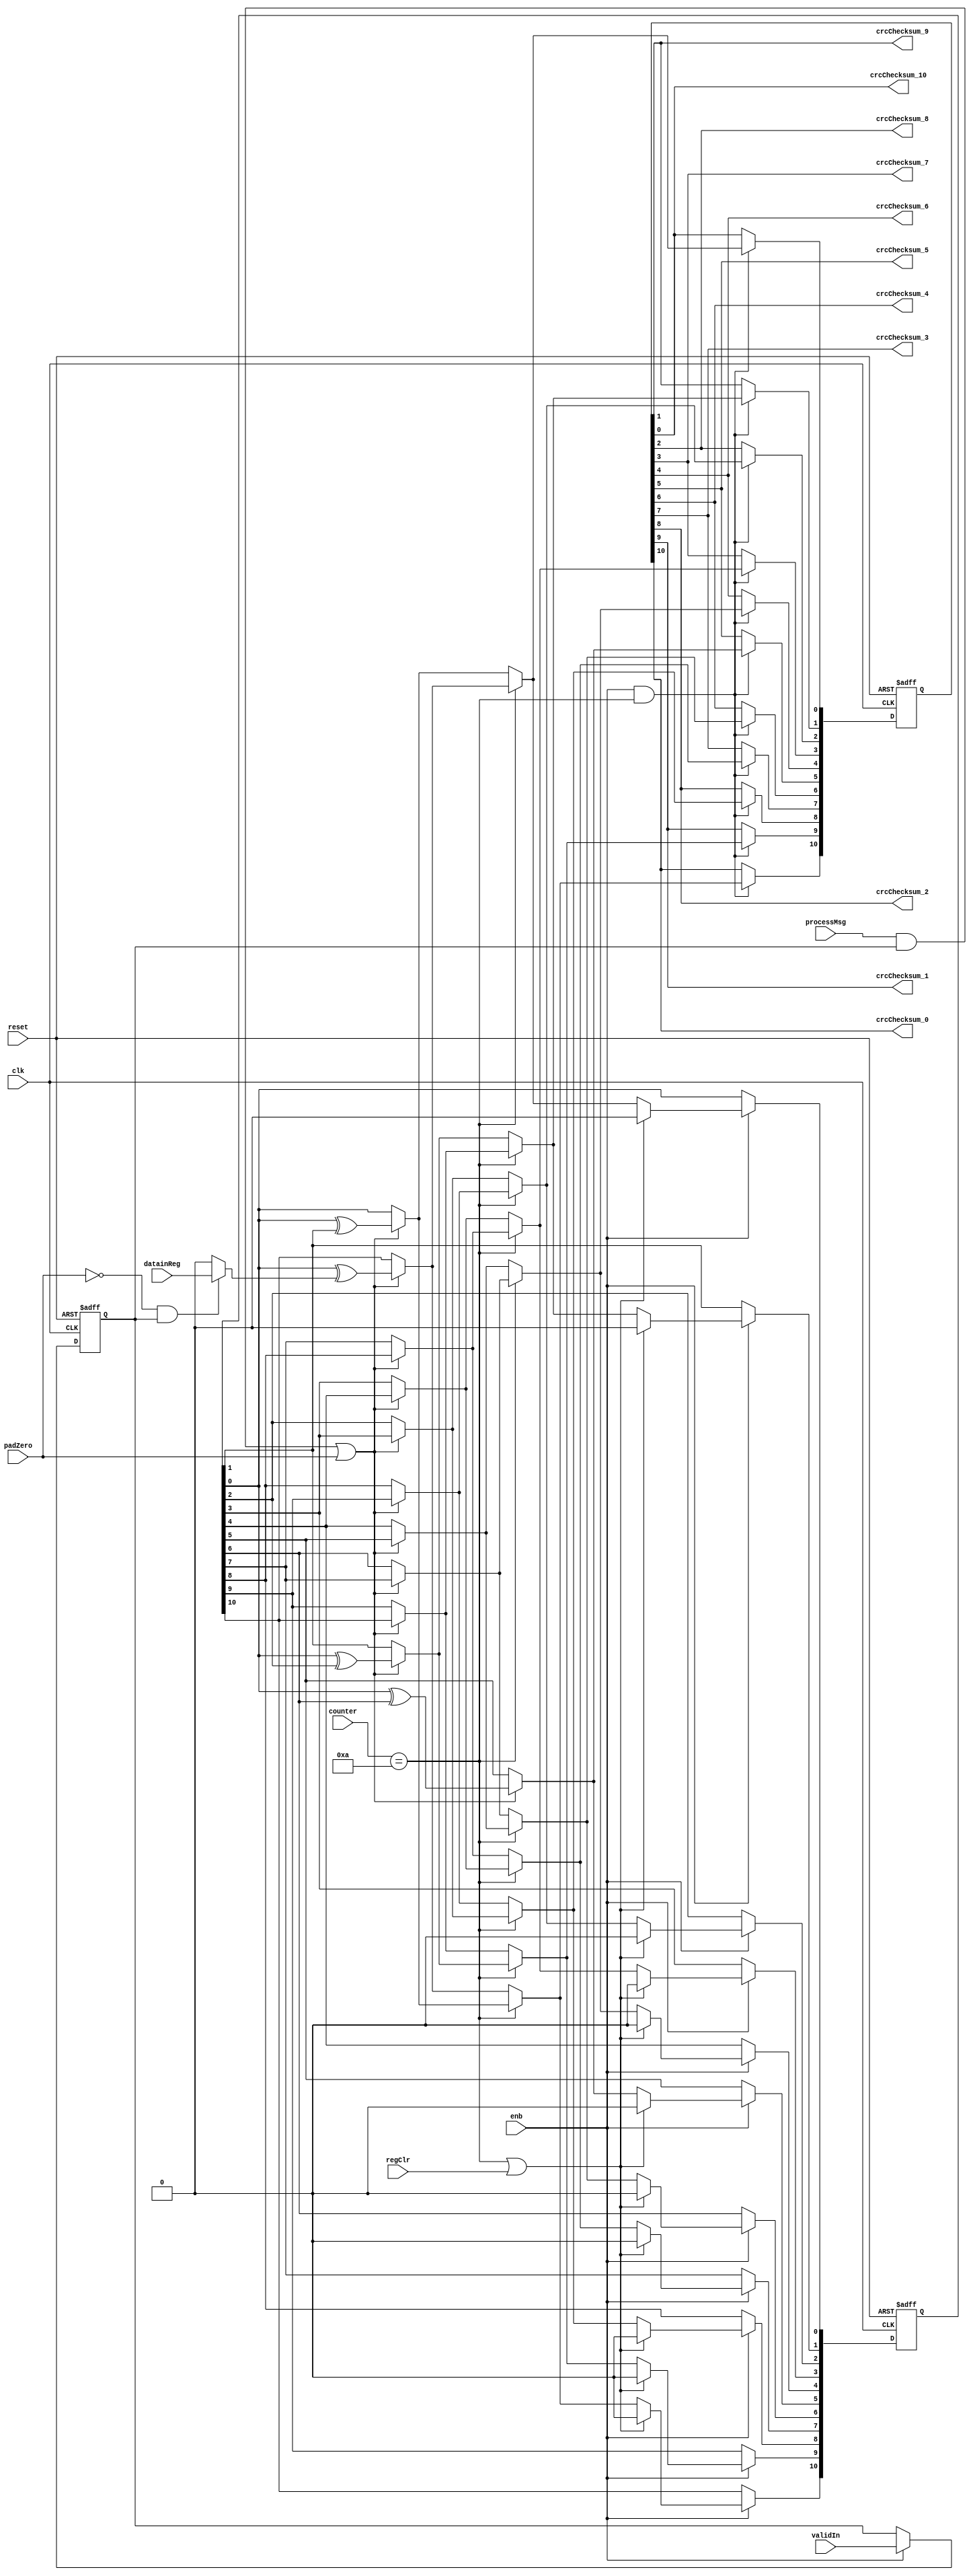
// -------------------------------------------------------------
// 
// 
// Generated by MATLAB 9.8 and HDL Coder 3.16
// 
// -------------------------------------------------------------


// -------------------------------------------------------------
// 
// Module: CRCGenCompute
// Source Path: NRPolarDecodeHDL/HDL Algorithm/NR Polar Decoder/CRC Decoder/CRCGenerator/CRCGenCompute
// Hierarchy Level: 4
// 
// Compute the CRC CheckSum
// 
// -------------------------------------------------------------

`timescale 1 ns / 1 ns

module CRCGenCompute
          (clk,
           reset,
           enb,
           datainReg,
           validIn,
           processMsg,
           padZero,
           counter,
           regClr,
           crcChecksum_0,
           crcChecksum_1,
           crcChecksum_2,
           crcChecksum_3,
           crcChecksum_4,
           crcChecksum_5,
           crcChecksum_6,
           crcChecksum_7,
           crcChecksum_8,
           crcChecksum_9,
           crcChecksum_10);


  input   clk;
  input   reset;
  input   enb;
  input   datainReg;  // ufix1
  input   validIn;  // ufix1
  input   processMsg;  // ufix1
  input   padZero;  // ufix1
  input   [3:0] counter;  // ufix4
  input   regClr;  // ufix1
  output  crcChecksum_0;  // ufix1
  output  crcChecksum_1;  // ufix1
  output  crcChecksum_2;  // ufix1
  output  crcChecksum_3;  // ufix1
  output  crcChecksum_4;  // ufix1
  output  crcChecksum_5;  // ufix1
  output  crcChecksum_6;  // ufix1
  output  crcChecksum_7;  // ufix1
  output  crcChecksum_8;  // ufix1
  output  crcChecksum_9;  // ufix1
  output  crcChecksum_10;  // ufix1


  wire xoredSel;  // ufix1
  reg  dvalidin;  // ufix1
  wire tcsSel;  // ufix1
  wire csSel;  // ufix1
  wire checksumRst;  // ufix1
  wire rpadZero;  // ufix1
  wire dataSel;  // ufix1
  wire [0:10] padingzeros;  // ufix1 [11]
  wire [0:9] inputzeros;  // ufix1 [10]
  wire [0:10] datamux;  // ufix1 [11]
  wire [0:10] datacpt;  // ufix1 [11]
  wire datacpt_10;  // ufix1
  wire datacpt_9;  // ufix1
  wire datacpt_8;  // ufix1
  wire datacpt_7;  // ufix1
  wire datacpt_6;  // ufix1
  wire datacpt_5;  // ufix1
  wire datacpt_4;  // ufix1
  wire datacpt_3;  // ufix1
  wire datacpt_2;  // ufix1
  wire datacpt_1;  // ufix1
  wire datacpt_0;  // ufix1
  wire [0:10] finalXorValue;  // ufix1 [11]
  wire finalXorValue_0;  // ufix1
  wire finalXorValue_1;  // ufix1
  wire finalXorValue_2;  // ufix1
  wire finalXorValue_3;  // ufix1
  wire finalXorValue_4;  // ufix1
  wire finalXorValue_5;  // ufix1
  wire finalXorValue_6;  // ufix1
  wire finalXorValue_7;  // ufix1
  wire finalXorValue_8;  // ufix1
  wire finalXorValue_9;  // ufix1
  wire finalXorValue_10;  // ufix1
  wire [0:10] newChecksum;  // ufix1 [11]
  wire newChecksum_0;  // ufix1
  wire refelctCheckSum_10;  // ufix1
  wire newChecksum_1;  // ufix1
  wire refelctCheckSum_9;  // ufix1
  wire newChecksum_2;  // ufix1
  wire refelctCheckSum_8;  // ufix1
  wire newChecksum_3;  // ufix1
  wire refelctCheckSum_7;  // ufix1
  wire newChecksum_4;  // ufix1
  wire refelctCheckSum_6;  // ufix1
  wire newChecksum_5;  // ufix1
  wire refelctCheckSum_5;  // ufix1
  wire newChecksum_6;  // ufix1
  wire refelctCheckSum_4;  // ufix1
  wire newChecksum_7;  // ufix1
  wire refelctCheckSum_3;  // ufix1
  wire newChecksum_8;  // ufix1
  wire refelctCheckSum_2;  // ufix1
  wire newChecksum_9;  // ufix1
  wire refelctCheckSum_1;  // ufix1
  wire newChecksum_10;  // ufix1
  wire refelctCheckSum_0;  // ufix1
  wire [0:10] xoredChecksum;  // ufix1 [11]
  reg  [0:10] checksumReg;  // ufix1 [11]
  wire checksumReg_9;  // ufix1
  wire checksumReg_10;  // ufix1
  wire tcs_entry10;  // ufix1
  wire checksumReg_8;  // ufix1
  wire tcs_entry9;  // ufix1
  wire checksumReg_7;  // ufix1
  wire tcs_entry8;  // ufix1
  wire checksumReg_6;  // ufix1
  wire tcs_entry7;  // ufix1
  wire checksumReg_5;  // ufix1
  wire tcs_entry6;  // ufix1
  wire checksumReg_4;  // ufix1
  wire tcs_entry5;  // ufix1
  wire checksumReg_3;  // ufix1
  wire tcs_entry4;  // ufix1
  wire checksumReg_2;  // ufix1
  wire tcs_entry3;  // ufix1
  wire checksumReg_1;  // ufix1
  wire tcs_entry2;  // ufix1
  wire checksumReg_0;  // ufix1
  wire tcs_entry1;  // ufix1
  wire tcs_entry0;  // ufix1
  wire [0:10] tchecksum;  // ufix1 [11]
  wire [0:10] finalChecksum;  // ufix1 [11]
  reg  [0:10] crcChecksum;  // ufix1 [11]


  assign xoredSel = counter == 4'b1010;



  always @(posedge clk or posedge reset)
    begin : validin_register_process
      if (reset == 1'b1) begin
        dvalidin <= 1'b0;
      end
      else begin
        if (enb) begin
          dvalidin <= validIn;
        end
      end
    end



  assign tcsSel = processMsg & dvalidin;



  assign csSel = tcsSel | padZero;



  assign checksumRst = xoredSel | regClr;



  assign rpadZero =  ~ padZero;



  // Selection signal: Select input data or pad zeros
  assign dataSel = rpadZero & dvalidin;



  // Padding zeros
  assign padingzeros[0] = 1'b0;
  assign padingzeros[1] = 1'b0;
  assign padingzeros[2] = 1'b0;
  assign padingzeros[3] = 1'b0;
  assign padingzeros[4] = 1'b0;
  assign padingzeros[5] = 1'b0;
  assign padingzeros[6] = 1'b0;
  assign padingzeros[7] = 1'b0;
  assign padingzeros[8] = 1'b0;
  assign padingzeros[9] = 1'b0;
  assign padingzeros[10] = 1'b0;



  assign inputzeros[0] = 1'b0;
  assign inputzeros[1] = 1'b0;
  assign inputzeros[2] = 1'b0;
  assign inputzeros[3] = 1'b0;
  assign inputzeros[4] = 1'b0;
  assign inputzeros[5] = 1'b0;
  assign inputzeros[6] = 1'b0;
  assign inputzeros[7] = 1'b0;
  assign inputzeros[8] = 1'b0;
  assign inputzeros[9] = 1'b0;



  // Prepare inputs for parallel CRC computation
  assign datamux[0] = inputzeros[0];
  assign datamux[1] = inputzeros[1];
  assign datamux[2] = inputzeros[2];
  assign datamux[3] = inputzeros[3];
  assign datamux[4] = inputzeros[4];
  assign datamux[5] = inputzeros[5];
  assign datamux[6] = inputzeros[6];
  assign datamux[7] = inputzeros[7];
  assign datamux[8] = inputzeros[8];
  assign datamux[9] = inputzeros[9];
  assign datamux[10] = datainReg;

  // Switch between input data and padded zeros
  assign datacpt[0] = (dataSel == 1'b0 ? padingzeros[0] :
              datamux[0]);
  assign datacpt[1] = (dataSel == 1'b0 ? padingzeros[1] :
              datamux[1]);
  assign datacpt[2] = (dataSel == 1'b0 ? padingzeros[2] :
              datamux[2]);
  assign datacpt[3] = (dataSel == 1'b0 ? padingzeros[3] :
              datamux[3]);
  assign datacpt[4] = (dataSel == 1'b0 ? padingzeros[4] :
              datamux[4]);
  assign datacpt[5] = (dataSel == 1'b0 ? padingzeros[5] :
              datamux[5]);
  assign datacpt[6] = (dataSel == 1'b0 ? padingzeros[6] :
              datamux[6]);
  assign datacpt[7] = (dataSel == 1'b0 ? padingzeros[7] :
              datamux[7]);
  assign datacpt[8] = (dataSel == 1'b0 ? padingzeros[8] :
              datamux[8]);
  assign datacpt[9] = (dataSel == 1'b0 ? padingzeros[9] :
              datamux[9]);
  assign datacpt[10] = (dataSel == 1'b0 ? padingzeros[10] :
              datamux[10]);



  assign datacpt_10 = datacpt[10];

  assign datacpt_9 = datacpt[9];

  assign datacpt_8 = datacpt[8];

  assign datacpt_7 = datacpt[7];

  assign datacpt_6 = datacpt[6];

  assign datacpt_5 = datacpt[5];

  assign datacpt_4 = datacpt[4];

  assign datacpt_3 = datacpt[3];

  assign datacpt_2 = datacpt[2];

  assign datacpt_1 = datacpt[1];

  assign datacpt_0 = datacpt[0];

  // Compute finalXor
  assign finalXorValue[0] = 1'b0;
  assign finalXorValue[1] = 1'b0;
  assign finalXorValue[2] = 1'b0;
  assign finalXorValue[3] = 1'b0;
  assign finalXorValue[4] = 1'b0;
  assign finalXorValue[5] = 1'b0;
  assign finalXorValue[6] = 1'b0;
  assign finalXorValue[7] = 1'b0;
  assign finalXorValue[8] = 1'b0;
  assign finalXorValue[9] = 1'b0;
  assign finalXorValue[10] = 1'b0;



  assign finalXorValue_0 = finalXorValue[0];

  assign finalXorValue_1 = finalXorValue[1];

  assign finalXorValue_2 = finalXorValue[2];

  assign finalXorValue_3 = finalXorValue[3];

  assign finalXorValue_4 = finalXorValue[4];

  assign finalXorValue_5 = finalXorValue[5];

  assign finalXorValue_6 = finalXorValue[6];

  assign finalXorValue_7 = finalXorValue[7];

  assign finalXorValue_8 = finalXorValue[8];

  assign finalXorValue_9 = finalXorValue[9];

  assign finalXorValue_10 = finalXorValue[10];

  assign newChecksum_0 = newChecksum[0];

  assign refelctCheckSum_10 = newChecksum_0 ^ finalXorValue_10;



  assign newChecksum_1 = newChecksum[1];

  assign refelctCheckSum_9 = newChecksum_1 ^ finalXorValue_9;



  assign newChecksum_2 = newChecksum[2];

  assign refelctCheckSum_8 = newChecksum_2 ^ finalXorValue_8;



  assign newChecksum_3 = newChecksum[3];

  assign refelctCheckSum_7 = newChecksum_3 ^ finalXorValue_7;



  assign newChecksum_4 = newChecksum[4];

  assign refelctCheckSum_6 = newChecksum_4 ^ finalXorValue_6;



  assign newChecksum_5 = newChecksum[5];

  assign refelctCheckSum_5 = newChecksum_5 ^ finalXorValue_5;



  assign newChecksum_6 = newChecksum[6];

  assign refelctCheckSum_4 = newChecksum_6 ^ finalXorValue_4;



  assign newChecksum_7 = newChecksum[7];

  assign refelctCheckSum_3 = newChecksum_7 ^ finalXorValue_3;



  assign newChecksum_8 = newChecksum[8];

  assign refelctCheckSum_2 = newChecksum_8 ^ finalXorValue_2;



  assign newChecksum_9 = newChecksum[9];

  assign refelctCheckSum_1 = newChecksum_9 ^ finalXorValue_1;



  // Reflect Checksum and make checksum LSB first
  assign newChecksum_10 = newChecksum[10];

  assign refelctCheckSum_0 = newChecksum_10 ^ finalXorValue_0;



  assign xoredChecksum[0] = refelctCheckSum_0;
  assign xoredChecksum[1] = refelctCheckSum_1;
  assign xoredChecksum[2] = refelctCheckSum_2;
  assign xoredChecksum[3] = refelctCheckSum_3;
  assign xoredChecksum[4] = refelctCheckSum_4;
  assign xoredChecksum[5] = refelctCheckSum_5;
  assign xoredChecksum[6] = refelctCheckSum_6;
  assign xoredChecksum[7] = refelctCheckSum_7;
  assign xoredChecksum[8] = refelctCheckSum_8;
  assign xoredChecksum[9] = refelctCheckSum_9;
  assign xoredChecksum[10] = refelctCheckSum_10;

  assign checksumReg_9 = checksumReg[9];

  // Compute checksum element11
  assign tcs_entry10 = datacpt_0 ^ (checksumReg_10 ^ checksumReg_9);



  assign checksumReg_8 = checksumReg[8];

  // Compute checksum element10
  assign tcs_entry9 = datacpt_1 ^ (checksumReg_10 ^ checksumReg_8);



  assign checksumReg_7 = checksumReg[7];

  // Compute checksum element9
  assign tcs_entry8 = checksumReg_7 ^ datacpt_2;



  assign checksumReg_6 = checksumReg[6];

  // Compute checksum element8
  assign tcs_entry7 = checksumReg_6 ^ datacpt_3;



  assign checksumReg_5 = checksumReg[5];

  // Compute checksum element7
  assign tcs_entry6 = checksumReg_5 ^ datacpt_4;



  assign checksumReg_4 = checksumReg[4];

  // Compute checksum element6
  assign tcs_entry5 = datacpt_5 ^ (checksumReg_10 ^ checksumReg_4);



  assign checksumReg_3 = checksumReg[3];

  // Compute checksum element5
  assign tcs_entry4 = checksumReg_3 ^ datacpt_6;



  assign checksumReg_2 = checksumReg[2];

  // Compute checksum element4
  assign tcs_entry3 = checksumReg_2 ^ datacpt_7;



  assign checksumReg_1 = checksumReg[1];

  // Compute checksum element3
  assign tcs_entry2 = checksumReg_1 ^ datacpt_8;



  assign checksumReg_0 = checksumReg[0];

  // Compute checksum element2
  assign tcs_entry1 = checksumReg_0 ^ datacpt_9;



  assign checksumReg_10 = checksumReg[10];

  // Compute checksum element1
  // 
  // Checksum selection signal
  assign tcs_entry0 = checksumReg_10 ^ datacpt_10;



  assign tchecksum[0] = tcs_entry0;
  assign tchecksum[1] = tcs_entry1;
  assign tchecksum[2] = tcs_entry2;
  assign tchecksum[3] = tcs_entry3;
  assign tchecksum[4] = tcs_entry4;
  assign tchecksum[5] = tcs_entry5;
  assign tchecksum[6] = tcs_entry6;
  assign tchecksum[7] = tcs_entry7;
  assign tchecksum[8] = tcs_entry8;
  assign tchecksum[9] = tcs_entry9;
  assign tchecksum[10] = tcs_entry10;

  always @(posedge clk or posedge reset)
    begin : checksum_register_process
      if (reset == 1'b1) begin
        checksumReg[0] <= 1'b0;
        checksumReg[1] <= 1'b0;
        checksumReg[2] <= 1'b0;
        checksumReg[3] <= 1'b0;
        checksumReg[4] <= 1'b0;
        checksumReg[5] <= 1'b0;
        checksumReg[6] <= 1'b0;
        checksumReg[7] <= 1'b0;
        checksumReg[8] <= 1'b0;
        checksumReg[9] <= 1'b0;
        checksumReg[10] <= 1'b0;
      end
      else begin
        if (enb) begin
          if (checksumRst == 1'b1) begin
            checksumReg[0] <= 1'b0;
            checksumReg[1] <= 1'b0;
            checksumReg[2] <= 1'b0;
            checksumReg[3] <= 1'b0;
            checksumReg[4] <= 1'b0;
            checksumReg[5] <= 1'b0;
            checksumReg[6] <= 1'b0;
            checksumReg[7] <= 1'b0;
            checksumReg[8] <= 1'b0;
            checksumReg[9] <= 1'b0;
            checksumReg[10] <= 1'b0;
          end
          else begin
            checksumReg[0] <= finalChecksum[0];
            checksumReg[1] <= finalChecksum[1];
            checksumReg[2] <= finalChecksum[2];
            checksumReg[3] <= finalChecksum[3];
            checksumReg[4] <= finalChecksum[4];
            checksumReg[5] <= finalChecksum[5];
            checksumReg[6] <= finalChecksum[6];
            checksumReg[7] <= finalChecksum[7];
            checksumReg[8] <= finalChecksum[8];
            checksumReg[9] <= finalChecksum[9];
            checksumReg[10] <= finalChecksum[10];
          end
        end
      end
    end



  // Update checksum register for valid inputs
  assign newChecksum[0] = (csSel == 1'b0 ? checksumReg[0] :
              tchecksum[0]);
  assign newChecksum[1] = (csSel == 1'b0 ? checksumReg[1] :
              tchecksum[1]);
  assign newChecksum[2] = (csSel == 1'b0 ? checksumReg[2] :
              tchecksum[2]);
  assign newChecksum[3] = (csSel == 1'b0 ? checksumReg[3] :
              tchecksum[3]);
  assign newChecksum[4] = (csSel == 1'b0 ? checksumReg[4] :
              tchecksum[4]);
  assign newChecksum[5] = (csSel == 1'b0 ? checksumReg[5] :
              tchecksum[5]);
  assign newChecksum[6] = (csSel == 1'b0 ? checksumReg[6] :
              tchecksum[6]);
  assign newChecksum[7] = (csSel == 1'b0 ? checksumReg[7] :
              tchecksum[7]);
  assign newChecksum[8] = (csSel == 1'b0 ? checksumReg[8] :
              tchecksum[8]);
  assign newChecksum[9] = (csSel == 1'b0 ? checksumReg[9] :
              tchecksum[9]);
  assign newChecksum[10] = (csSel == 1'b0 ? checksumReg[10] :
              tchecksum[10]);



  // Xor after computing the checksum
  assign finalChecksum[0] = (xoredSel == 1'b0 ? newChecksum[0] :
              xoredChecksum[0]);
  assign finalChecksum[1] = (xoredSel == 1'b0 ? newChecksum[1] :
              xoredChecksum[1]);
  assign finalChecksum[2] = (xoredSel == 1'b0 ? newChecksum[2] :
              xoredChecksum[2]);
  assign finalChecksum[3] = (xoredSel == 1'b0 ? newChecksum[3] :
              xoredChecksum[3]);
  assign finalChecksum[4] = (xoredSel == 1'b0 ? newChecksum[4] :
              xoredChecksum[4]);
  assign finalChecksum[5] = (xoredSel == 1'b0 ? newChecksum[5] :
              xoredChecksum[5]);
  assign finalChecksum[6] = (xoredSel == 1'b0 ? newChecksum[6] :
              xoredChecksum[6]);
  assign finalChecksum[7] = (xoredSel == 1'b0 ? newChecksum[7] :
              xoredChecksum[7]);
  assign finalChecksum[8] = (xoredSel == 1'b0 ? newChecksum[8] :
              xoredChecksum[8]);
  assign finalChecksum[9] = (xoredSel == 1'b0 ? newChecksum[9] :
              xoredChecksum[9]);
  assign finalChecksum[10] = (xoredSel == 1'b0 ? newChecksum[10] :
              xoredChecksum[10]);



  // 1
  always @(posedge clk or posedge reset)
    begin : outputchecksum_register_process
      if (reset == 1'b1) begin
        crcChecksum[0] <= 1'b0;
        crcChecksum[1] <= 1'b0;
        crcChecksum[2] <= 1'b0;
        crcChecksum[3] <= 1'b0;
        crcChecksum[4] <= 1'b0;
        crcChecksum[5] <= 1'b0;
        crcChecksum[6] <= 1'b0;
        crcChecksum[7] <= 1'b0;
        crcChecksum[8] <= 1'b0;
        crcChecksum[9] <= 1'b0;
        crcChecksum[10] <= 1'b0;
      end
      else begin
        if (enb && xoredSel) begin
          crcChecksum[0] <= finalChecksum[0];
          crcChecksum[1] <= finalChecksum[1];
          crcChecksum[2] <= finalChecksum[2];
          crcChecksum[3] <= finalChecksum[3];
          crcChecksum[4] <= finalChecksum[4];
          crcChecksum[5] <= finalChecksum[5];
          crcChecksum[6] <= finalChecksum[6];
          crcChecksum[7] <= finalChecksum[7];
          crcChecksum[8] <= finalChecksum[8];
          crcChecksum[9] <= finalChecksum[9];
          crcChecksum[10] <= finalChecksum[10];
        end
      end
    end



  assign crcChecksum_0 = crcChecksum[0];

  assign crcChecksum_1 = crcChecksum[1];

  assign crcChecksum_2 = crcChecksum[2];

  assign crcChecksum_3 = crcChecksum[3];

  assign crcChecksum_4 = crcChecksum[4];

  assign crcChecksum_5 = crcChecksum[5];

  assign crcChecksum_6 = crcChecksum[6];

  assign crcChecksum_7 = crcChecksum[7];

  assign crcChecksum_8 = crcChecksum[8];

  assign crcChecksum_9 = crcChecksum[9];

  assign crcChecksum_10 = crcChecksum[10];

endmodule  // CRCGenCompute